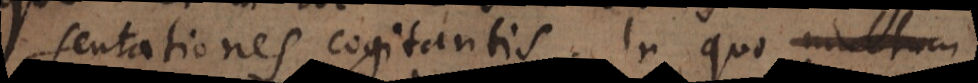
sentationes cogitantis. In quo multum